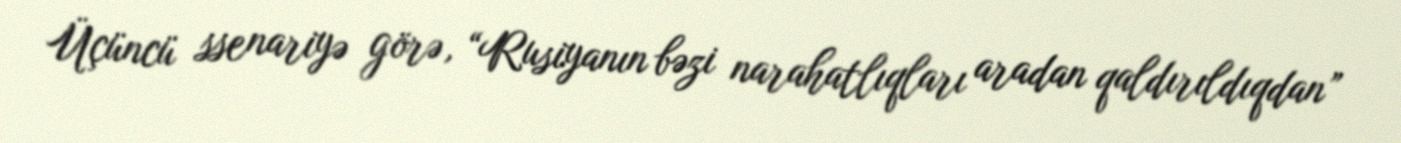
Üçüncü ssenariyə görə, “Rusiyanın bəzi narahatlıqları aradan qaldırıldıqdan”